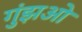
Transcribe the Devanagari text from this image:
गुंझओ